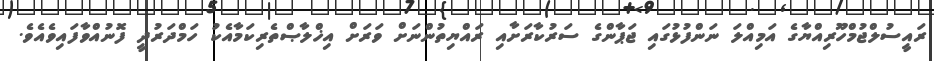
ރައީސުލްޖުމްހޫރިއްޔާގެ އަމިއްލަ ނަންފުޅުގައި ޖަޕާންގެ ސަރުކާރަށާއި ރައްޔިތުންނަށް ވަރަށް އިޚްލާޞްތެރިކަމާއެކު ހަމްދަރުދީ ފޮނުއްވާފައިވެއެވެ.